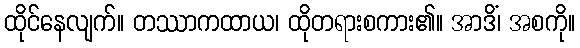
ထိုင်နေလျက်။ တဿာကထာယ၊ ထိုတရားစကား၏။ အာဒိံ၊ အစကို။